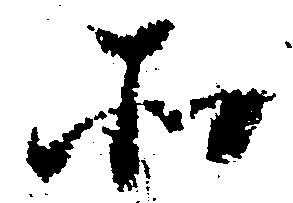
そ